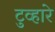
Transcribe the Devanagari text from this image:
टुव्हारे